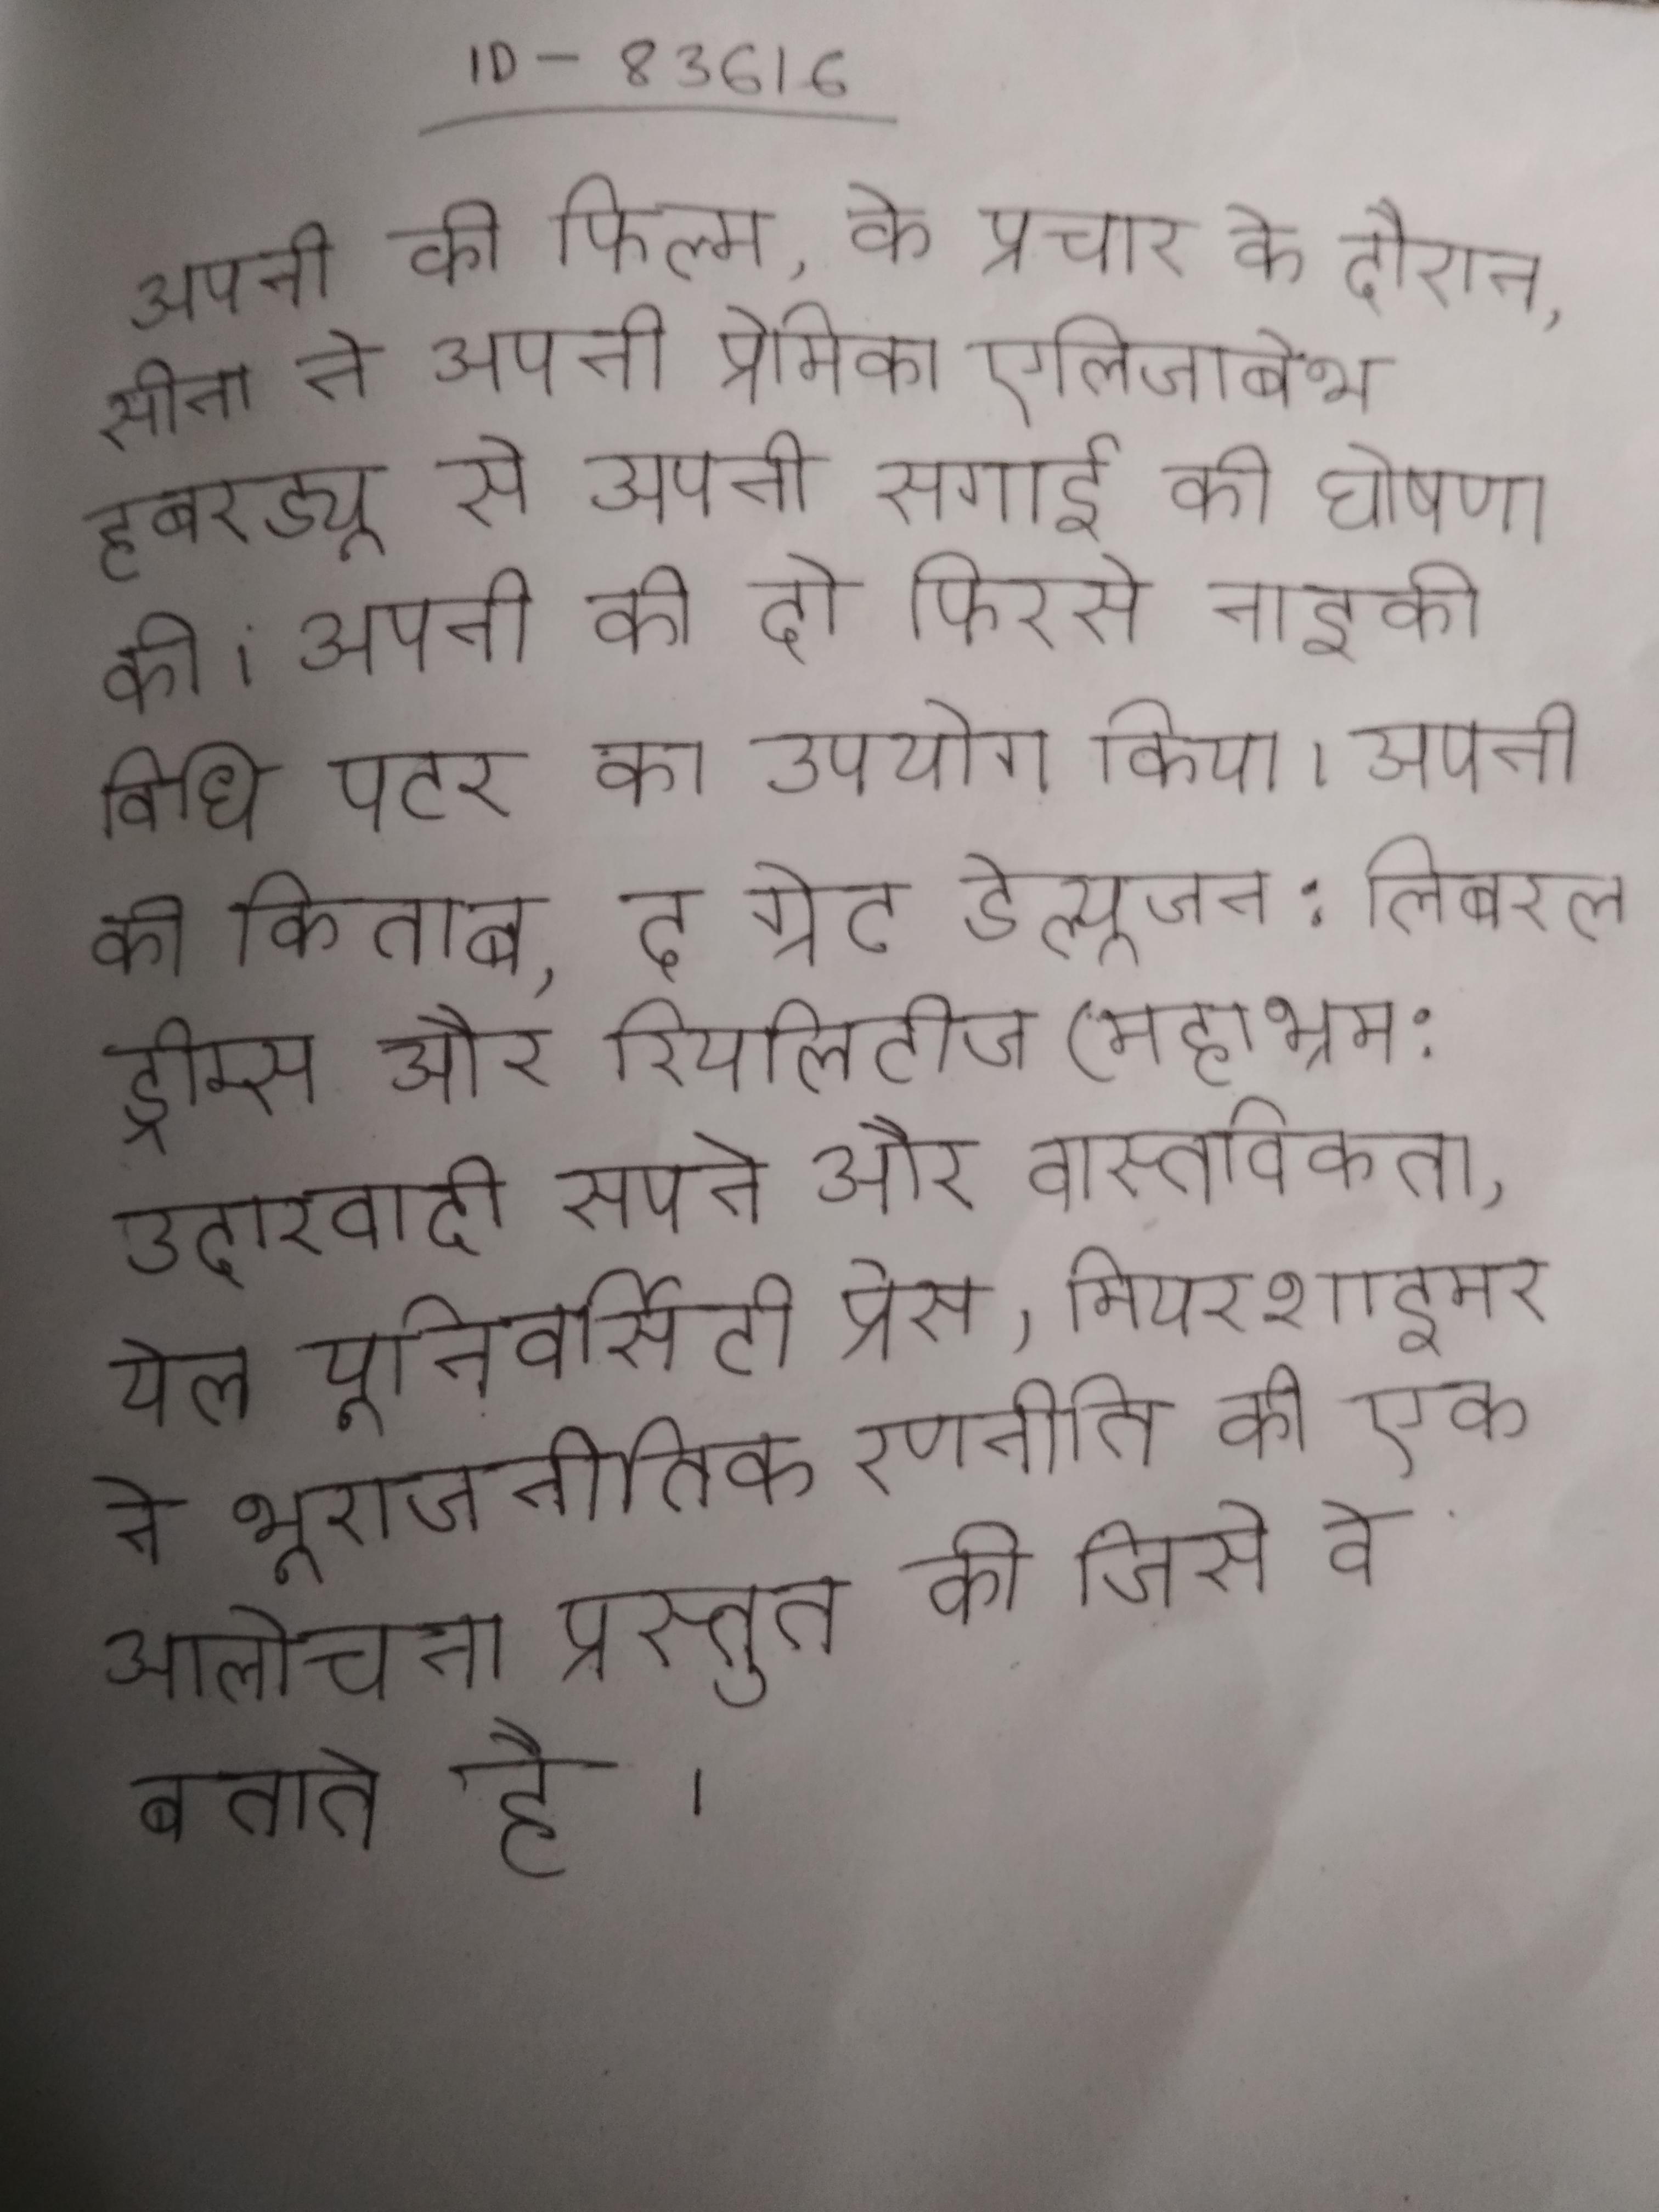
अपनी की फिल्म, के प्रचार के दौरान, सीना ने अपनी प्रेमिका एलिजाबेथ हबरड्यू से अपनी सगाई की घोषणा की । अपनी की दो फिरसे नाइकी विधि पटर का उपयोग किया । अपनी की किताब, द ग्रेट डेल्यूजन: लिबरल ड्रीम्स और रियलिटीज (महाभ्रम: उदारवादी सपने और वास्तविकता, येल यूनिवर्सिटी प्रेस, मियरशाइमर ने भूराजनीतिक रणनीति की एक आलोचना प्रस्तुत की जिसे वे बताते है ।